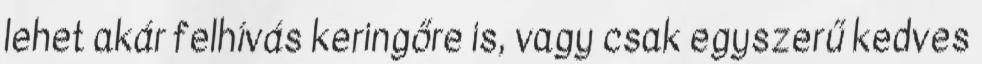
lehet akár felhívás keringőre is, vagy csak egyszerű kedves